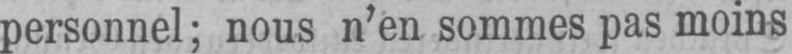
personnel; nous n’en sommes pas moins